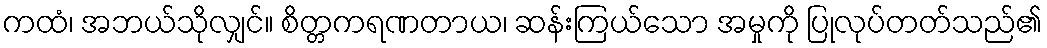
ကထံ၊ အဘယ်သိုလျှင်။ စိတ္တကရဏတာယ၊ ဆန်းကြယ်သော အမှုကို ပြုလုပ်တတ်သည်၏